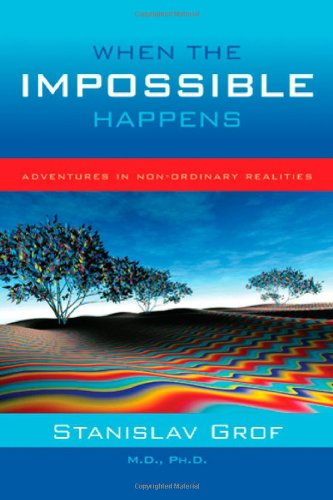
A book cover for When the Impossible Happens: Adventures in Non-Ordinary Reality; Stanislav Grof; Humor & Entertainment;